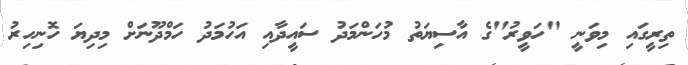
ތިރީގައި މިވަނީ "ހަވީރު"ގެ އާސިޔަތު މުހަންމަދު ސައީދާއި އަހުމަދު ހަމްދޫނަށް މިދިޔަ ހޮނިހިރު